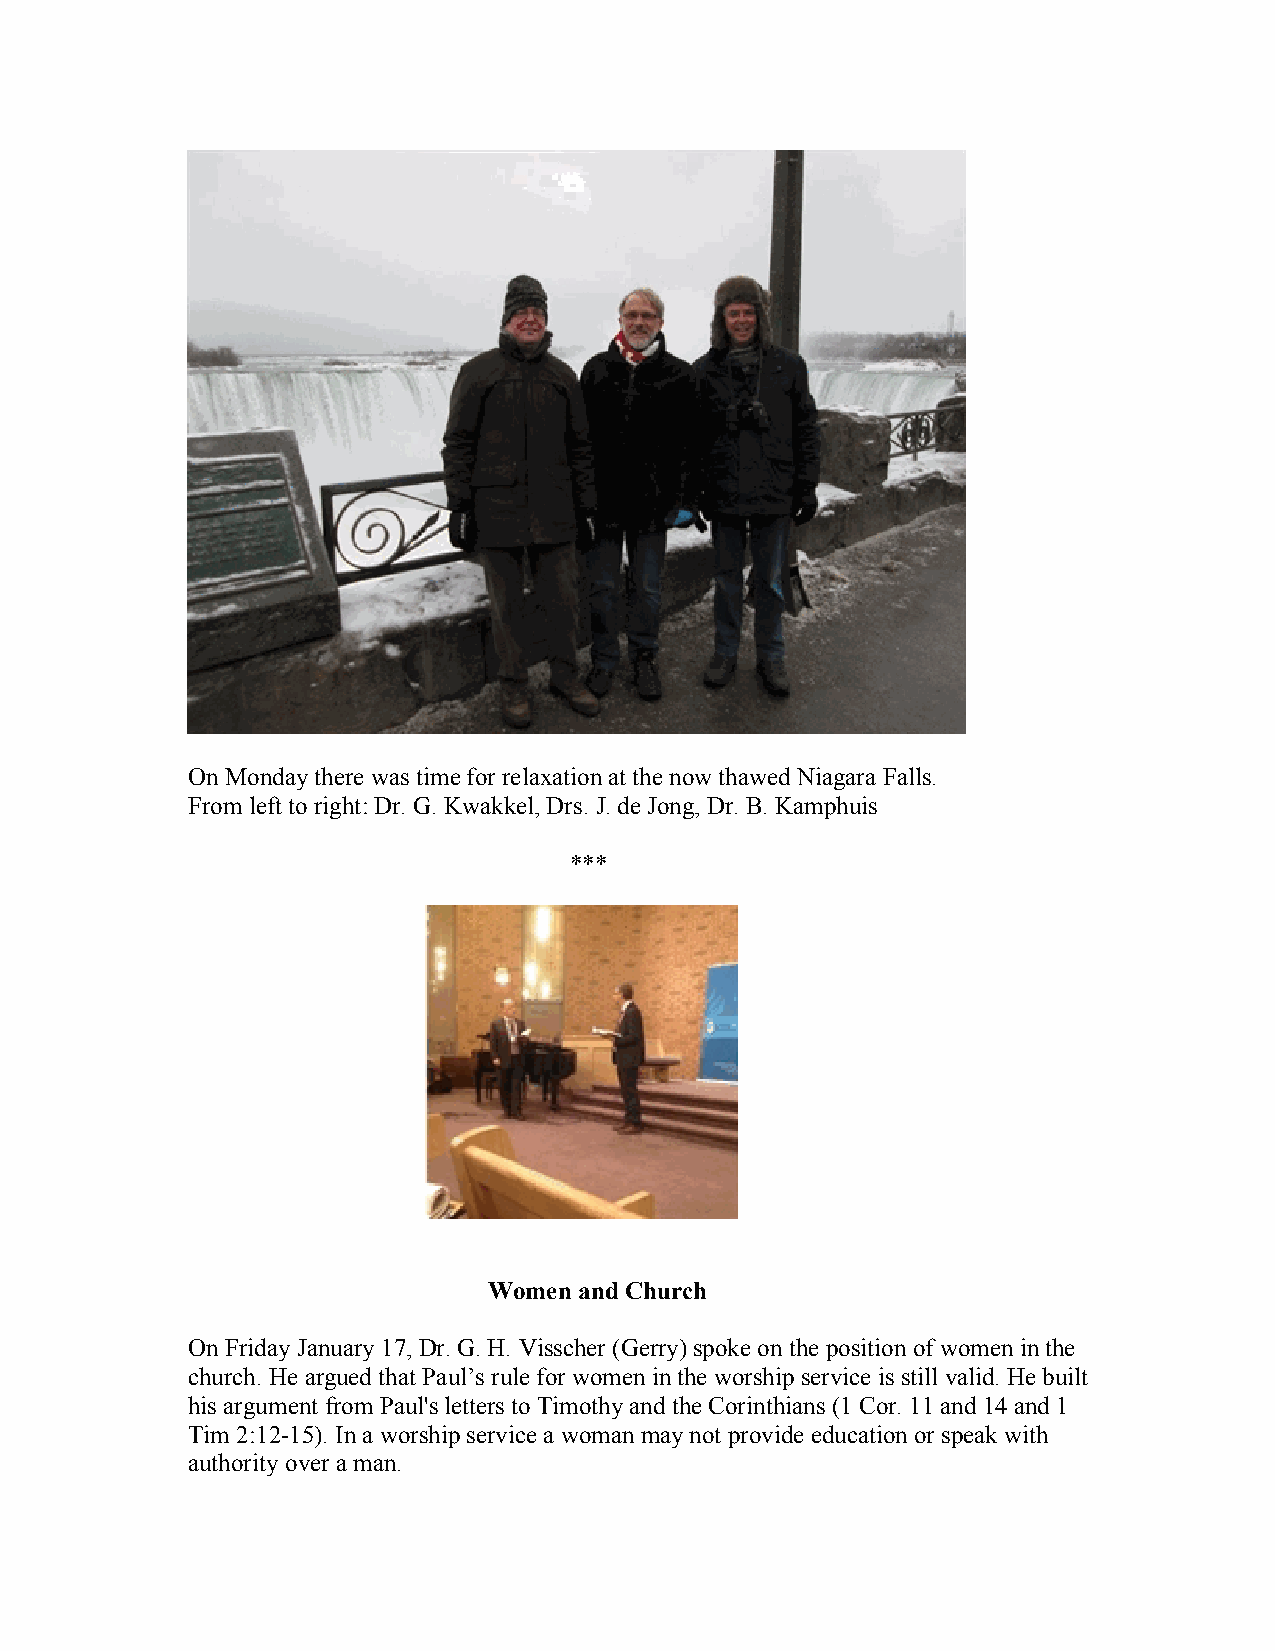
On Monday there was time for relaxation at the now thawed Niagara Falls.
 From left to right: Dr. G. Kwakkel, Drs. J. de Jong, Dr. B. Kamphuis
 ***
 Women and Church
 On Friday January 17, Dr. G. H. Visscher (Gerry) spoke on the position of women in the
 church. He argued that Paul’s rule for women in the worship service is still valid. He built
 his argument from Paul's letters to Timothy and the Corinthians (1 Cor. 11 and 14 and 1
 Tim 2:12-15). In a worship service a woman may not provide education or speak with
 authority over a man.